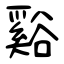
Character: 谿